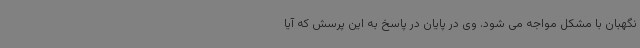
نگهبان با مشکل مواجه می شود. وی در پایان در پاسخ به این پرسش که آیا